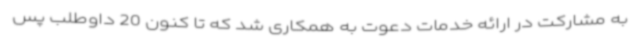
به مشارکت در ارائه خدمات دعوت به همکاری شد که تا کنون 20 داوطلب پس